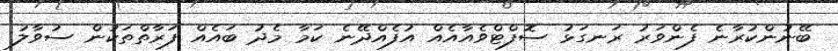
ބޭނުންކުރާނެ ފެންވަރު ރަނގަޅު ސޮފްޓްވެއާއެއް އުފެއްދޭނެ ކަމާ މެދު ބައެއް ފަރާތްތަކުން ސުވާލު